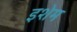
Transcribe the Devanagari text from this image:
इशेम